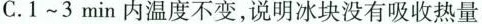
C.1~3min内温度不变，说明冰块没有吸收热量